Annual report of the Punjab Veterinary College and of the Civil Veterinary Department, Punjab - 1926-1932
Year: 1926
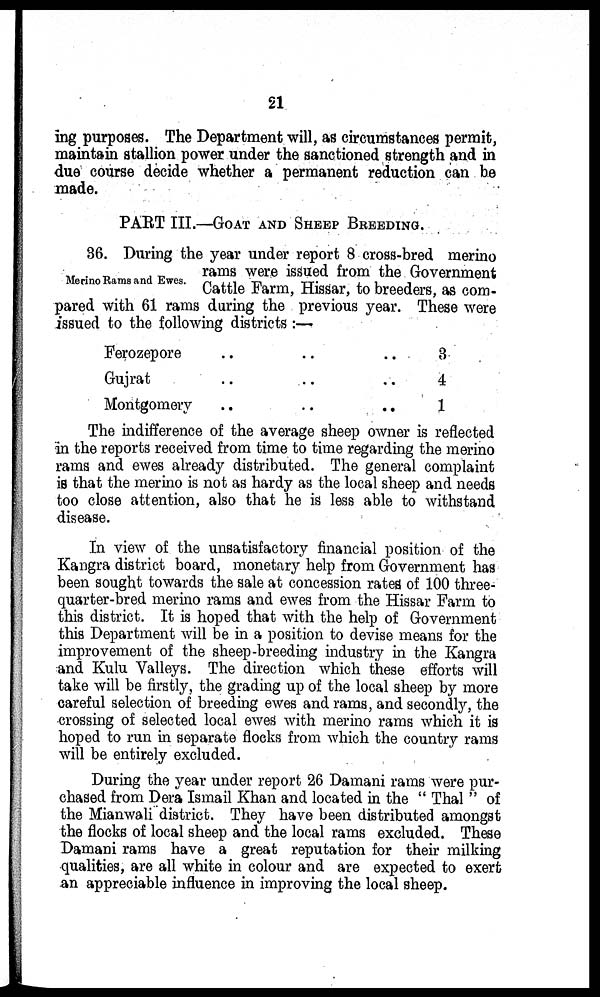
21
ing purposes. The Department will, as circumstances permit,
maintain stallion power under the sanctioned strength and in
due course decide whether a permanent reduction can be
made.
PART III.—GOAT AND SHEEP BREEDING.
Merino Rams and Ewes.
36. During the year under report 8 cross-bred merino
rams were issued from the Government
Cattle Farm, Hissar, to breeders, as com-
pared with 61 rams during the previous year. These were
issued to the following districts :—
Ferozepore .. ..
Gujrat .. ..
Montgomery .. ..
3
4
1
The indifference of the average sheep owner is reflected
in the reports received from time to time regarding the merino
rams and ewes already distributed. The general complaint
is that the merino is not as hardy as the local sheep and needs
too close attention, also that he is less able to withstand
disease.
In view of the unsatisfactory financial position of the
Kangra district board, monetary help from Government has
been sought towards the sale at concession rates of 100 three-
quarter-bred merino rams and ewes from the Hissar Farm to
this district. It is hoped that with the help of Government
this Department will be in a position to devise means for the
improvement of the sheep-breeding industry in the Kangra
and Kulu Valleys. The direction which these efforts will
take will be firstly, the grading up of the local sheep by more
careful selection of breeding ewes and rams, and secondly, the
crossing of selected local ewes with merino rams which it is
hoped to run in separate flocks from which the country rams
will be entirely excluded.
During the year under report 26 Damani rams were pur-
chased from Dera Ismail Khan and located in the " Thal " of
the Mianwali district. They have been distributed amongst
the flocks of local sheep and the local rams excluded. These
Damani rams have a great reputation for their milking
qualities, are all white in colour and are expected to exert
an appreciable influence in improving the local sheep.